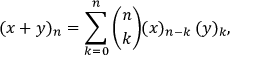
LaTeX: ( x + y ) _ { n } = \sum _ { k = 0 } ^ { n } { \binom { n } { k } } ( x ) _ { n - k } \, ( y ) _ { k } ,